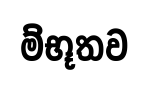
ම්භූතව